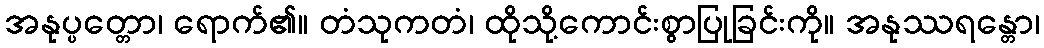
အနုပ္ပတ္တော၊ ရောက်၏။ တံသုကတံ၊ ထိုသို့ကောင်းစွာပြုခြင်းကို။ အနုဿရန္တော၊